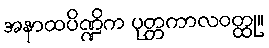
အနာထပိဏ္ဍိက ပုတ္တကာလဝတ္ထု။